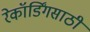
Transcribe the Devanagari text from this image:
रेकॉर्डिंगसाठी